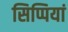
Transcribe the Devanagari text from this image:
सिप्पियां